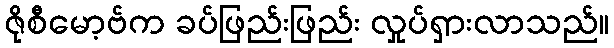
ဇိုစီမော့ဗ်က ခပ်ဖြည်းဖြည်း လှုပ်ရှားလာသည်။